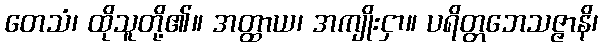
တေသံ၊ ထိုသူတို့၏။ အတ္ထာယ၊ အကျိုးငှာ။ ပရိတ္တဘေသဇ္ဇာနိ၊